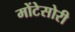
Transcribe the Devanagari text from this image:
मोंटेसोरी